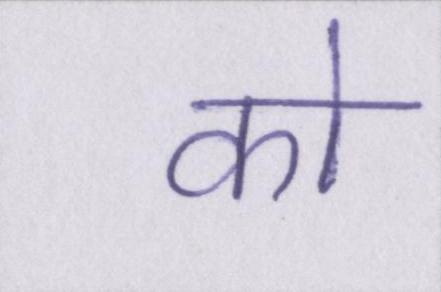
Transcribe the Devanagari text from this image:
को